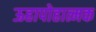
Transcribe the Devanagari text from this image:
ऊहापोहात्मक